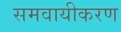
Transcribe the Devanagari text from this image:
समवायीकरण